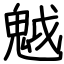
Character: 魆